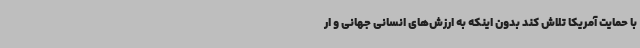
با حمایت آمریکا تلاش کند بدون اینکه به ارزش‌های انسانی جهانی و ار